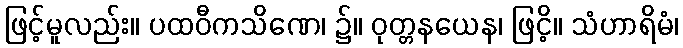
ဖြင့်မူလည်း။ ပထဝီကသိဏေ၊ ၌။ ဝုတ္တနယေန၊ ဖြငိ့။ သံဟာရိမံ၊